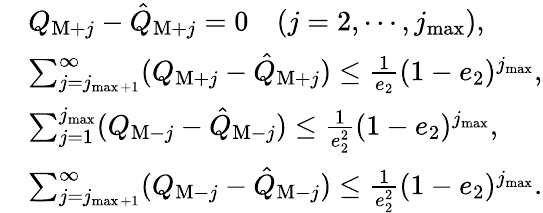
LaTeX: \begin{array}{rl}&{Q_{\mathrm{M}+j}-\hat{Q}_{\mathrm{M}+j}=0\quad(j=2,\cdots,j_{\operatorname*{max}}),}\\ &{\sum_{j=j_{\operatorname*{max}+1}}^{\infty}(Q_{\mathrm{M}+j}-\hat{Q}_{\mathrm{M}+j})\le\frac{1}{e_{2}}(1-e_{2})^{j_{\operatorname*{max}}},}\\ &{\sum_{j=1}^{j_{\operatorname*{max}}}(Q_{\mathrm{M}-j}-\hat{Q}_{\mathrm{M}-j})\le\frac{1}{e_{2}^{2}}(1-e_{2})^{j_{\operatorname*{max}}},}\\ &{\sum_{j=j_{\operatorname*{max}+1}}^{\infty}(Q_{\mathrm{M}-j}-\hat{Q}_{\mathrm{M}-j})\le\frac{1}{e_{2}^{2}}(1-e_{2})^{j_{\operatorname*{max}}}.}\end{array}